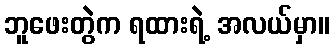
ဘူဖေးတွဲက ရထားရဲ့ အလယ်မှာ။